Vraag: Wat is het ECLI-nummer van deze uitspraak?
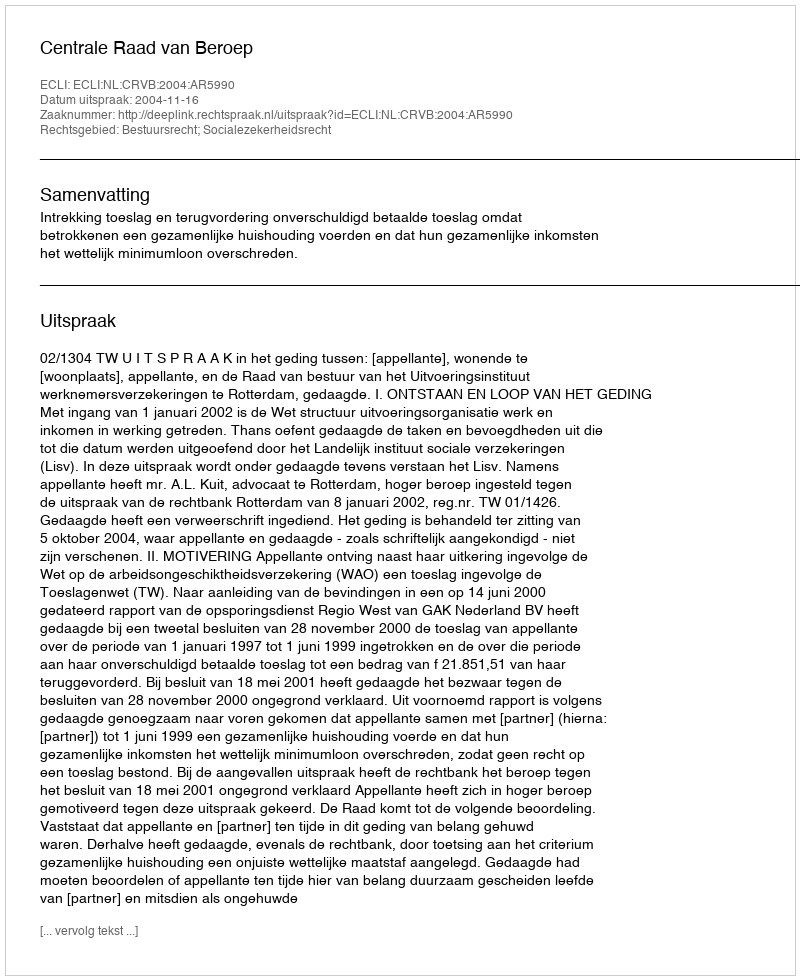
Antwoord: ECLI:NL:CRVB:2004:AR5990